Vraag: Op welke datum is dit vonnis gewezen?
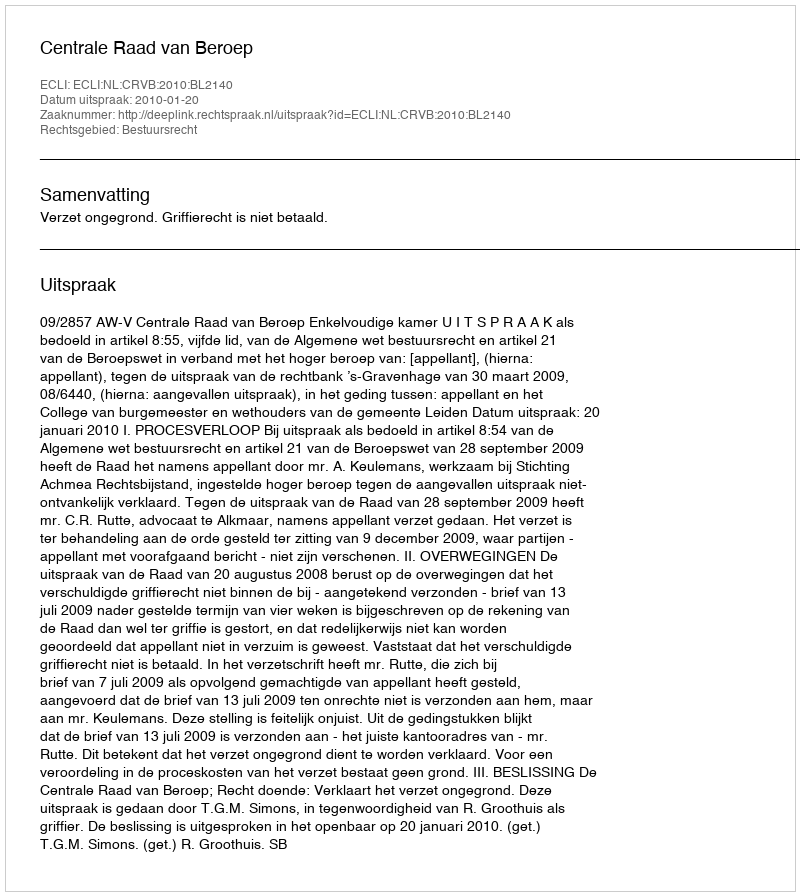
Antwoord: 2010-01-20